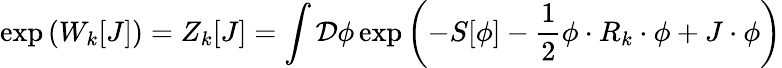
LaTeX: \exp\left(W_{k}[J]\right)=Z_{k}[J]=\int{\mathcal{D}}\phi\exp\left(-S[\phi]-{\frac{1}{2}}\phi\cdot R_{k}\cdot\phi+J\cdot\phi\right)